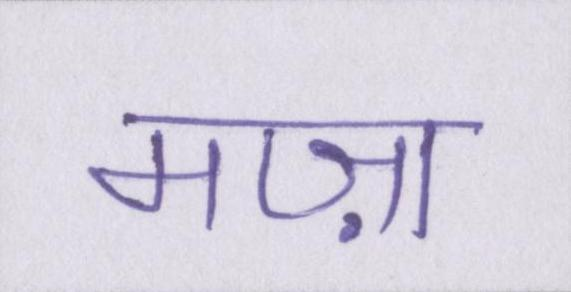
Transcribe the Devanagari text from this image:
मज़ा